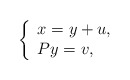
\begin{align*}\left\{\begin{array}{lll}x=y+u,\\Py=v,\end{array}\right.\end{align*}